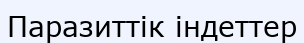
Паразиттік індеттер